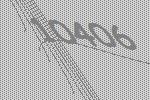
10406